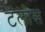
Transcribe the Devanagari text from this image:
टॅलोस